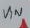
Text: VIN